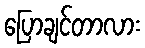
ပြောချင်တာလား